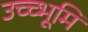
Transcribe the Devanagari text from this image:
उच्च्भूमि